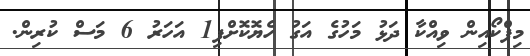
މިފްކޯއިން ވިއްކާ ދަޅު މަހުގެ އަގު ހެޔޮކޮށްފި1 އަހަރު 6 މަސް ކުރިން.